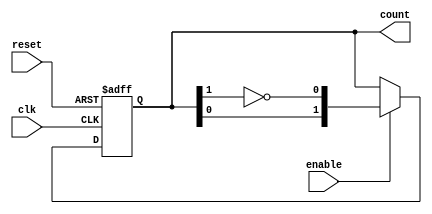
module Modified_Johnson_Counter #(
    parameter n = 2   // Number of bits (stages) in the counter
)(
    input wire clk,   // Clock signal
    input wire reset, // Active high reset signal
    input wire enable,// Active high enable signal
    output reg [n-1:0] count // Counter output
);

// Internal signal for feedback
wire feedback;

// Assign feedback as the inverted output of the last flip-flop
assign feedback = ~count[n-1];

always @(posedge clk or posedge reset) begin
    if (reset) begin
        // Initialize counter to 0 on reset
        count <= 0;
    end else if (enable) begin
        // On enable and clock, shift the counter
        // Shift the current state to the right and assign feedback to the first flip-flop
        count <= {count[n-2:0], feedback}; 
    end
end

endmodule